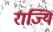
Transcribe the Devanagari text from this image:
राज्यि